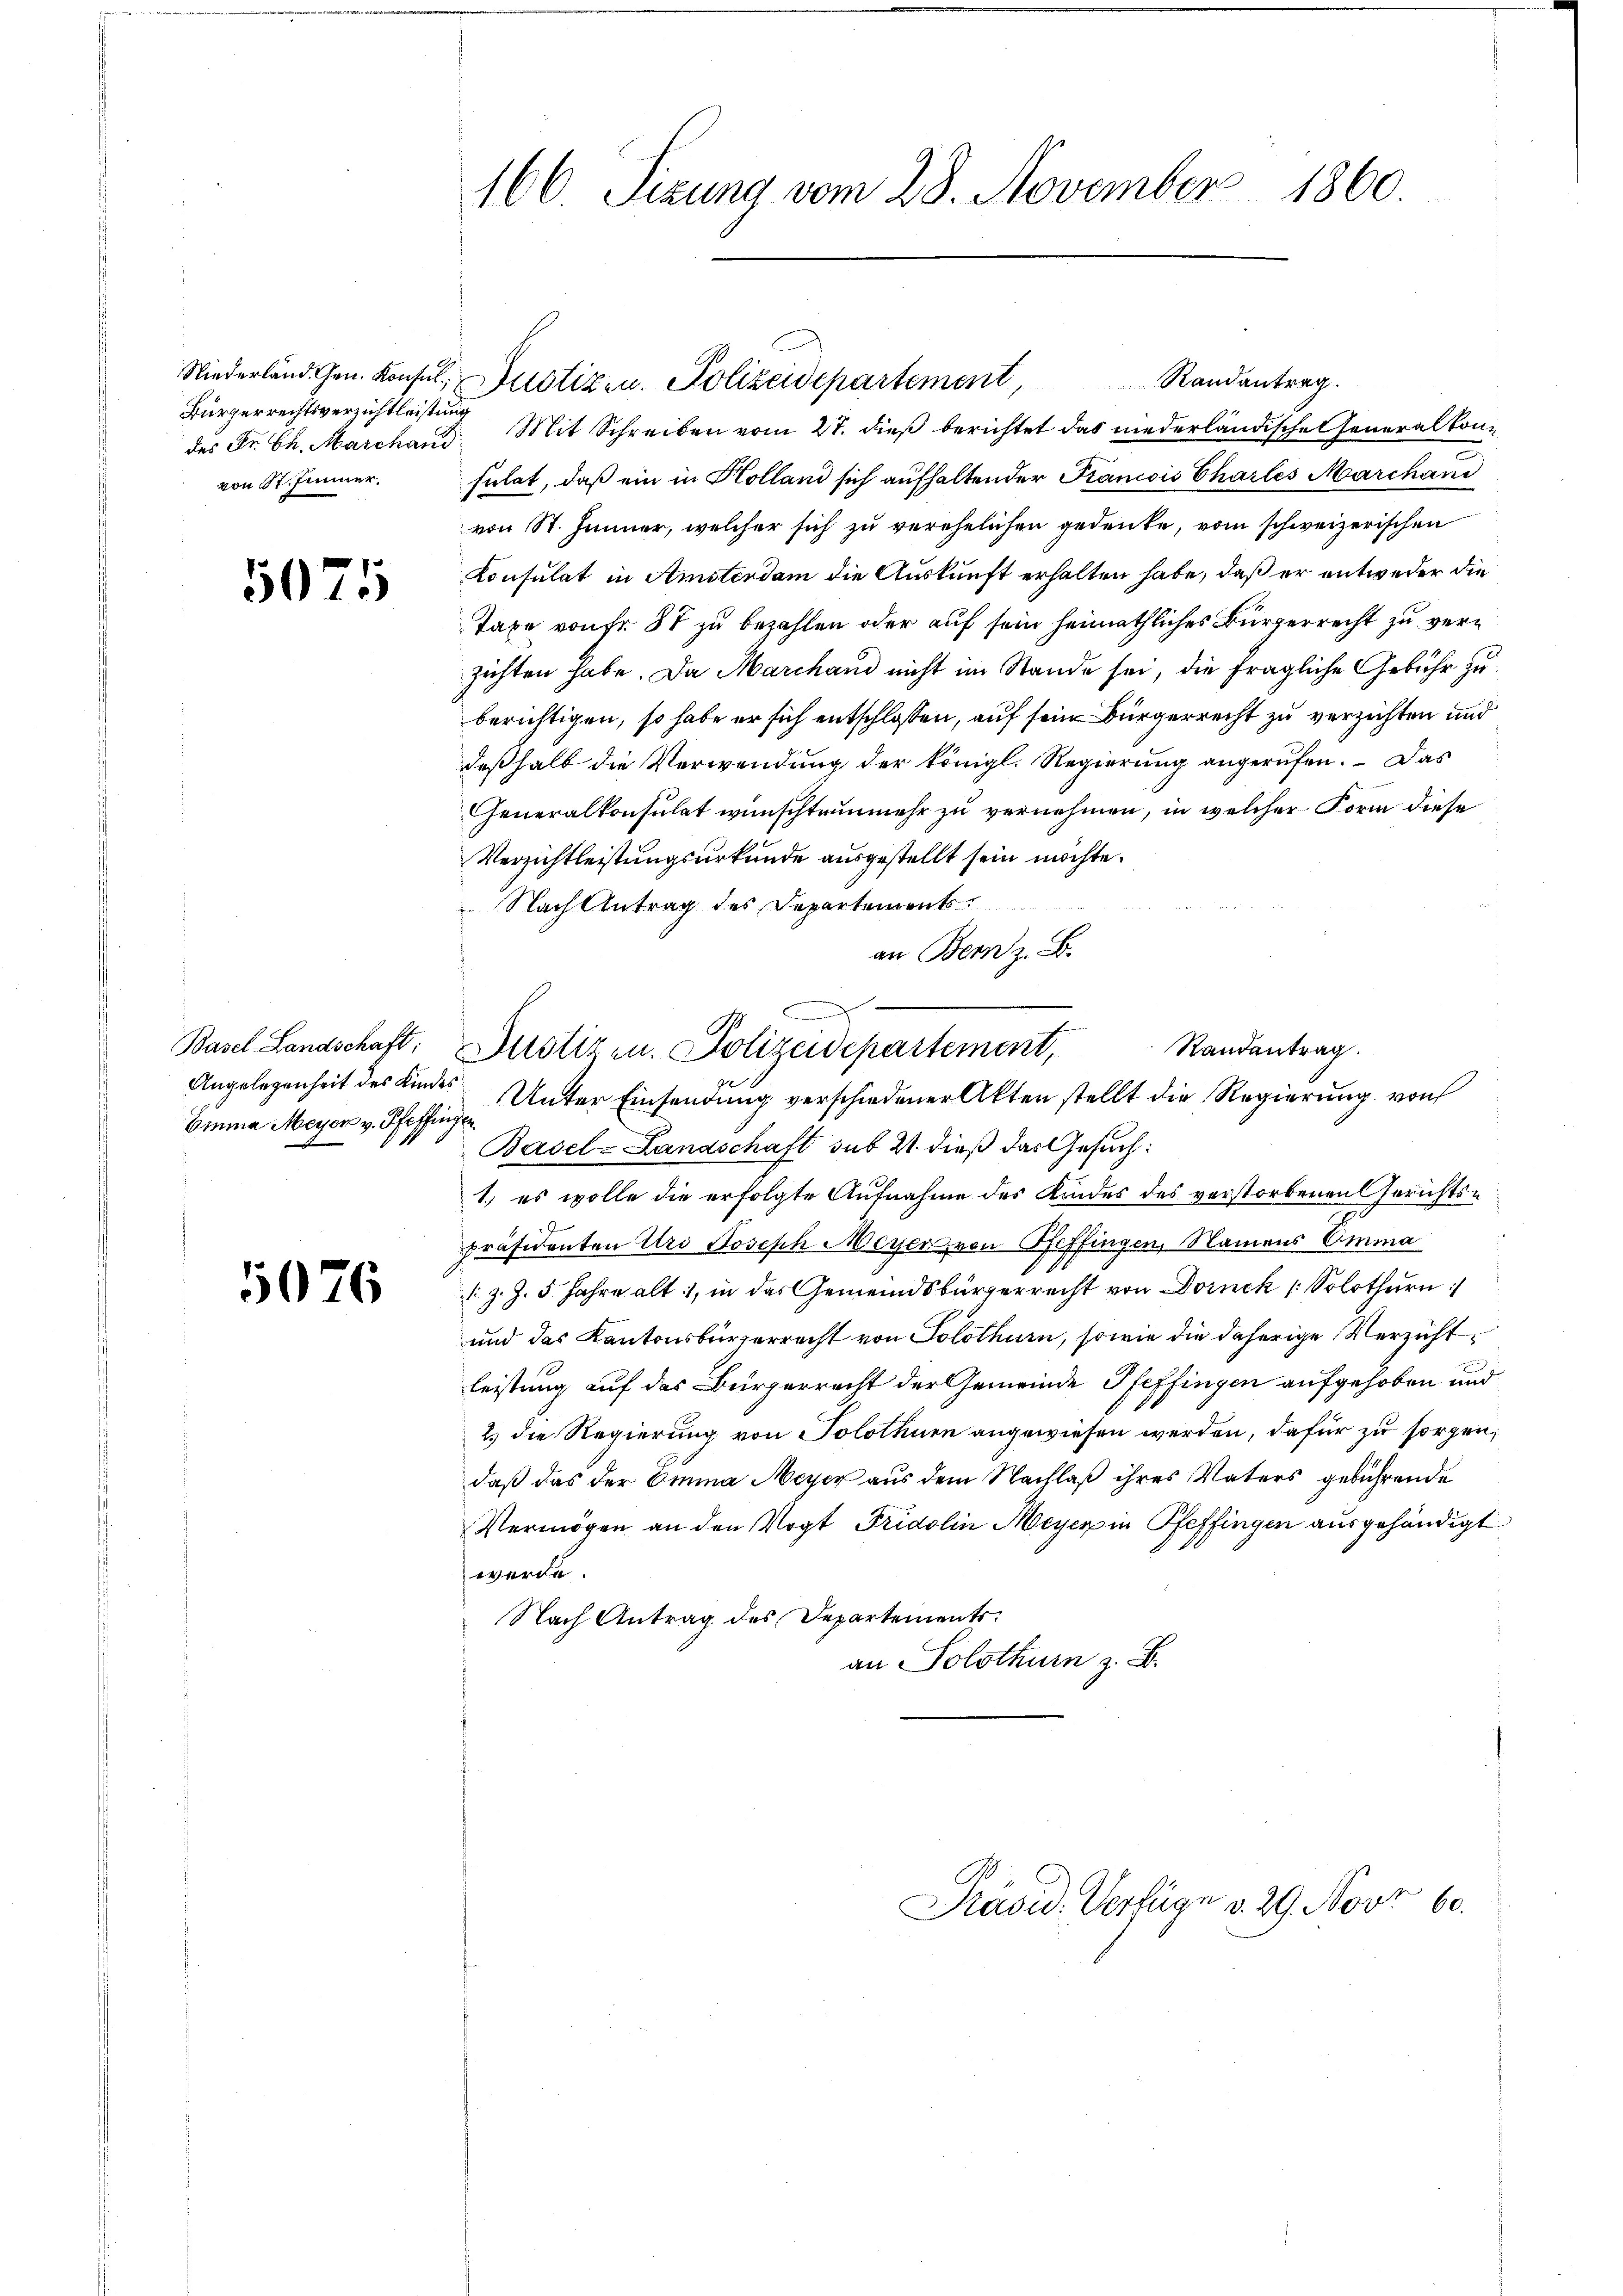
Niederländ. Gen. Konsul
Bürgerrechtsverzichtleistun
des Dr. Ch. Marchand
von St. Jenner.

5075

Basel-Landschaft;
Angelegenheit des Kindes
bina Meyer v. Pfeffen.

1

76

166 Sizung vom 28. November 1860.

Mit Schreiben vom 27. dieß berichtet das niederländische Generalkonsulat, daß ein in Kolland sich aufhaltender Krancois Chartes Marchani
von St. Jänner, welcher sich zu verehelichen gedeute, vom schweizerischen
Konsulat in Amsterdam die Auskunft erhalten habe, daß er entweder die
Taxe von fr. 87 zu bezahlen oder auf sein heimathliches Bürgerrecht zu verzichten habe. Da Marchand nicht im Stande sei, die fragliche Gebühr zu
berichtigen, so habe er sich entschlossen, auf sein Bürgerrecht zu verzichten und
deßhalb die Verwendung der königl. Regierung angerufen. – Das
GGeneralkonsulat wünschteunmehr zu vernehmen, in welcher Form diese
Verzichtleistungsurkunde ausgestellt sein möchte.
Nach Antrag des Departements
an Bern z. B.
d
C
Randantrag.
Justizen. Polizeidepartement,
Unter Einsendung verschiedener Akten stellt die Regierung von
Basel-Landschaft sub 21. dieß das Gesuch:
1) es wolle die erfolgte Aufnahme des Kindes des verstorbenen Gerichtspräsidenten Uri Joseph Meyer von Pfeffingen, Namens Omma
1 z. Z. 5 Jahre alt 1, in das Gemeindsbürgerrecht von Dornck ( Solothurn
und das Kantonsbürgerrecht von Solothurn, sowie die daherige Verzichtleistung auf das Bürgerrecht der Gemeinde Pfeffingen aufgehoben und
2.) die Regierung von Solothurn angewiesen werden, dafür zu sorgen,
daß das der Omina Meyer aus dem Nachlaß ihres Vaters gebührende
Vermögen an den Vogt Fridolin Meyer in Pfeffingen ausgehändigt
 werde
Nach Antrag des Departements
an Solothurn z. B.

Justizen. Polizeidepartement, Randantrag.

Präsid. Verfüge v. 29. Novr 60.